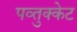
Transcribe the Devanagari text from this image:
पव्तुक्केट